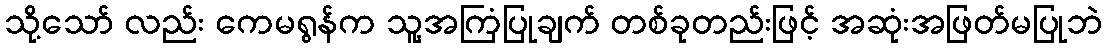
သို့သော် လည်း ကေမရွန်က သူ့အကြံပြုချက် တစ်ခုတည်းဖြင့် အဆုံးအဖြတ်မပြုဘဲ